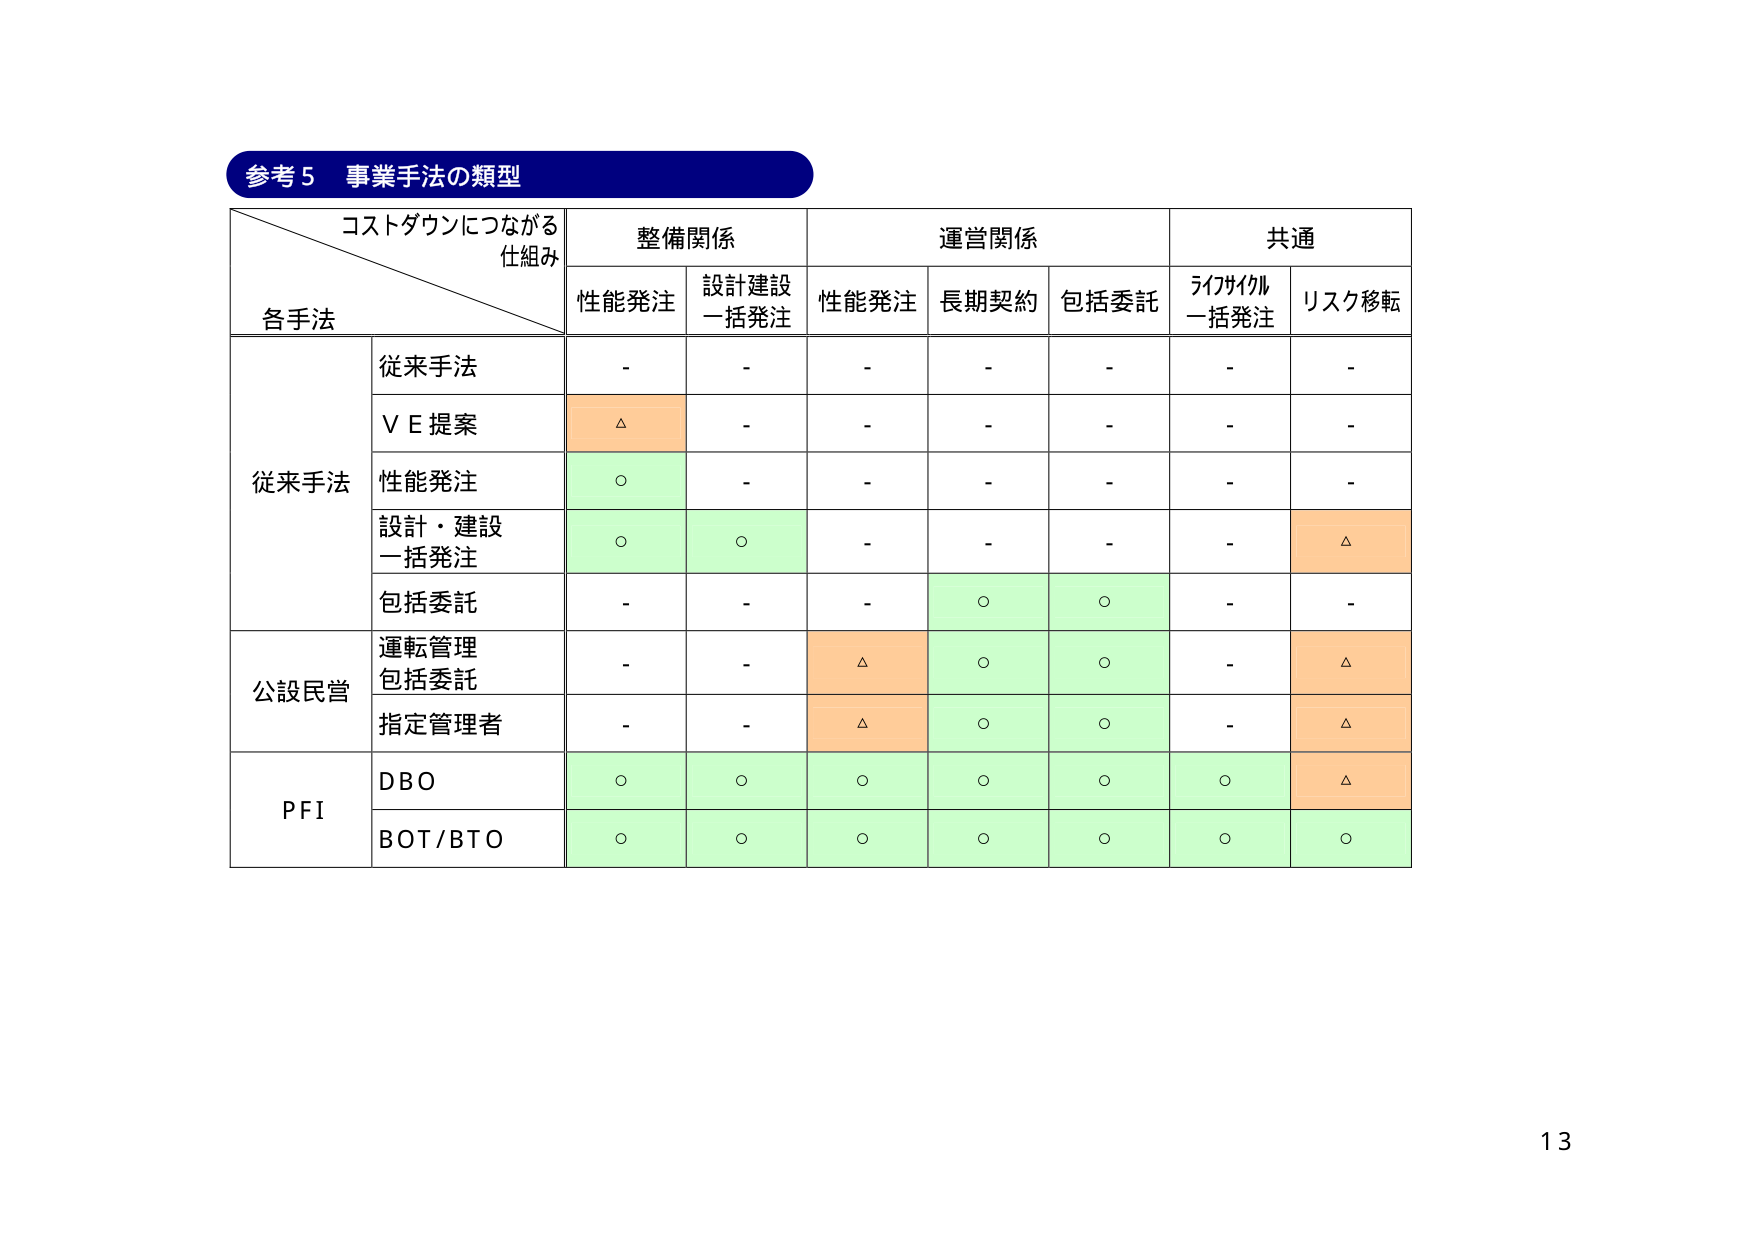
参考５ 事業手法の類型

コストダウンにつながる
仕組み

整備関係
運営関係
共通

各手法

性能発注
設計建設
一括発注
性能発注
長期契約
包括委託
ライフサイクル
一括発注
リスク移転

従来手法
従来手法
-
-
-
-
-
-
-

ＶＥ提案
△
-
-
-
-
-
-

性能発注
○
-
-
-
-
-
-

設計・建設
一括発注
○
○
-
-
-
-
△

包括委託
-
-
-
○
○
-
-

公設民営
運転管理
包括委託
-
-
△
○
○
-
△

指定管理者
-
-
△
○
○
-
△

PFI
DBO
○
○
○
○
○
○
△

BOT/BTO
○
○
○
○
○
○
○

13